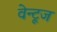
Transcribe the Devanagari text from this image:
वेन्टूज